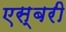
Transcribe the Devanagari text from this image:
एस्बरी